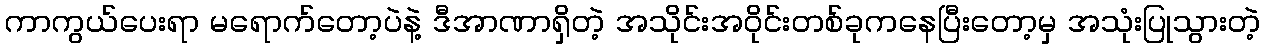
ကာကွယ်ပေးရာ မရောက်တော့ပဲနဲ့ ဒီအာဏာရှိတဲ့ အသိုင်းအဝိုင်းတစ်ခုကနေပြီးတော့မှ အသုံးပြုသွားတဲ့